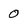
Character: 0